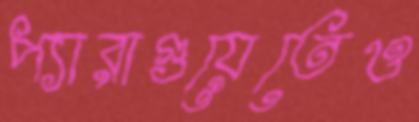
প্যারাগুয়েতেও